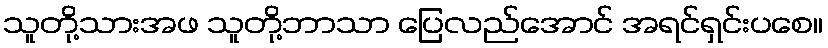
သူတို့သားအဖ သူတို့ဘာသာ ပြေလည်အောင် အရင်ရှင်းပစေ။